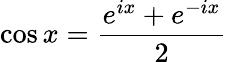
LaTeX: \cos x={\frac{e^{ix}+e^{-ix}}{2}}